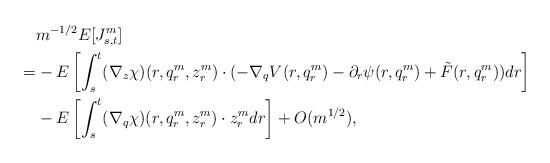
LaTeX: \begin{align*}&m^{-1/2}E[J^m_{s,t}]\\=&-E\left[\int_s^t (\nabla_z\chi)(r,q_r^m,z_r^m) \cdot (-\nabla_q V(r,q_r^m)-\partial_r\psi(r,q_r^m)+\tilde F(r,q_r^m))dr\right]\\&-E\left[\int_s^t(\nabla_q\chi)(r,q_r^m,z_r^m)\cdot z_r^m dr\right]+O(m^{1/2}),\end{align*}